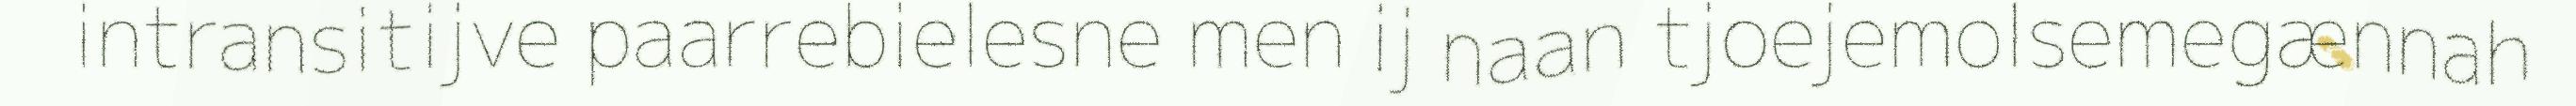
intransitijve paarrebielesne men ij naan tjoejemolsemegænnah